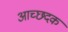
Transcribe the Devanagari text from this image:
आच्छदक